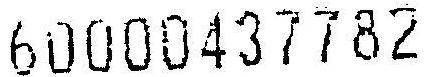
60000437782